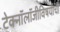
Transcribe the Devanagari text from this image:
टेक्नॉलॉजीविषयीची